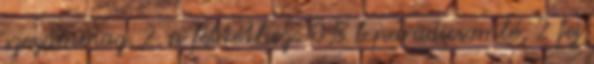
szezámmag. 2. a feltéthez: 0,5 l paradicsomlé, 2 fej